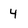
Character: 4